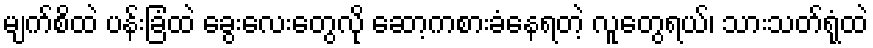
မျက်စိထဲ ပန်းခြံထဲ ခွေးလေးတွေလို ဆော့ကစားခံနေရတဲ့ လူတွေရယ်၊ သားသတ်ရုံထဲ